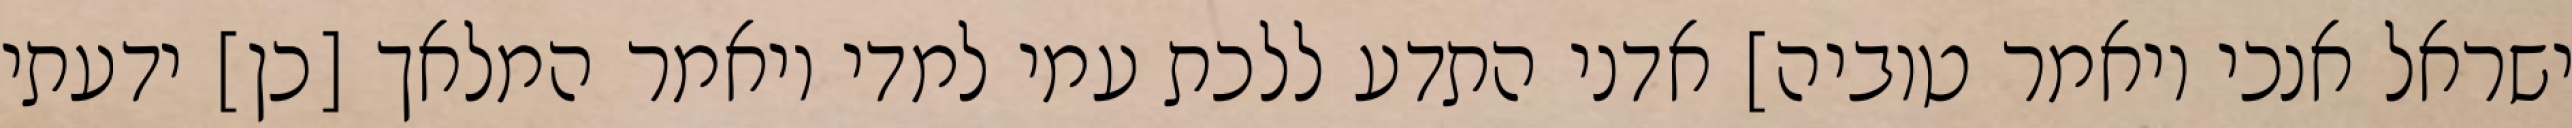
ישראל אנכי ויאמר טוביה] אדני התדע ללכת עמי למדי ויאמר המלאך [כן] ידעתי